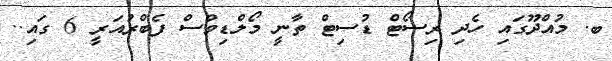
ބ. މުއްދޫގައި ހެދި ރިސޯޓް ޑުސިޓް ތާނީ މޯލްޑިވްސް ފެބްރުއަރީ 6 ގައި..